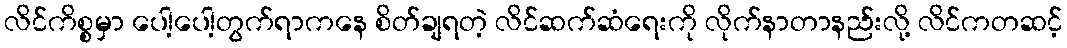
လိင်ကိစ္စမှာ ပေါ့ပေါ့တွက်ရာကနေ စိတ်ချရတဲ့ လိင်ဆက်ဆံရေးကို လိုက်နာတာနည်းလို့ လိင်ကတဆင့်